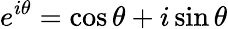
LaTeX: e^{i\theta}=\cos\theta+i\sin\theta